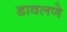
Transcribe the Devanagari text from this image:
डावलणे